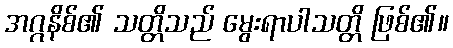
အဂ္ဂနိစ်၏ သတ္တိသည် မွေးရာပါသတ္တိ ဖြစ်၏။